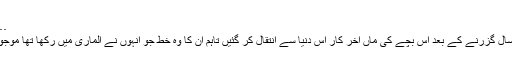
……‘‘
سالہا سال گزرنے کے بعد اس بچے کی ماں آخر کار اس دنیا سے انتقال کر گئیں تاہم ان کا وہ خط جو انہوں نے الماری میں رکھا تھا موجود رہا۔